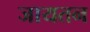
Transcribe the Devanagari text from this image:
जायतन